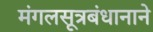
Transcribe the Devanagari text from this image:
मंगलसूत्रबंधानाने